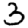
Digit: 3